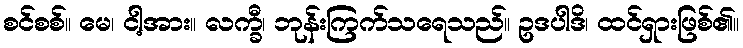
စင်စစ်။ မေ၊ ငါ့အား။ လက္ခီ၊ ဘုန်းကြက်သရေသည်။ ဥဒပါဒိ၊ ထင်ရှားဖြစ်၏။